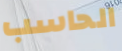
الحاسب